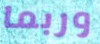
وربما